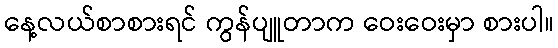
နေ့လယ်စာစားရင် ကွန်ပျူတာက ဝေးဝေးမှာ စားပါ။